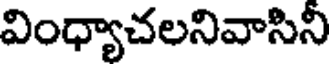
వింధ్యాచలనివాసిని